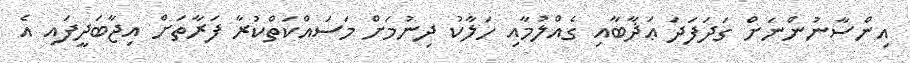
އިންސާނުންނަށް ގަދަފަދަ ޢަޛާބާއި ގެއްލުމާއި ހަލާކު ދިނުމަށް މަސައްކަތްކުރާ ފަރާތަށް އިޖާބަދީފައި އެ